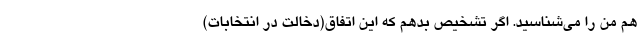
هم من را می‌شناسید. اگر تشخیص بدهم که این اتفاق(دخالت در انتخابات)